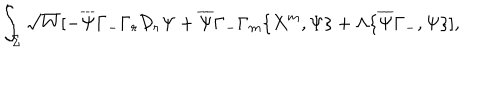
\int _ { \Sigma } \sqrt { W } [ - \overline { { { \Psi } } } \Gamma _ { - } \Gamma _ { r } \mathcal { D } _ { r } \Psi + \overline { { { \Psi } } } \Gamma _ { - } \Gamma _ { m } \{ X ^ { m } , \Psi \} + \Lambda \{ \overline { { { \Psi } } } \Gamma _ { - } , \Psi \} ] ,